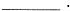
___.